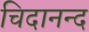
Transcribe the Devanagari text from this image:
चिदानन्‍द